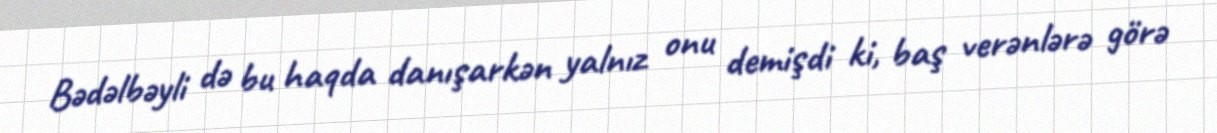
Bədəlbəyli də bu haqda danışarkən yalnız onu demişdi ki, baş verənlərə görə